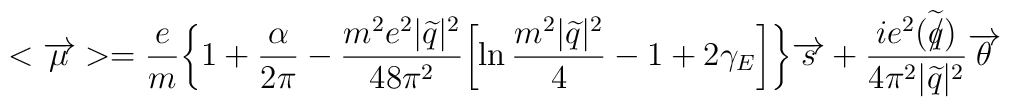
<\overrightarrow{\mu}>=\frac{e}{m}\biggl\{1+\frac{\alpha}{2\pi}-\frac{m^{2}e^{2}|\widetilde{q}|^{2} }{48\pi^{2}}\biggl[\ln\frac{m^{2}|\widetilde{q}|^{2}}{4}-1+2\gamma_{E}\biggr]\biggr\}\overrightarrow{s}+\frac{ie^{2}(\widetilde{q\hspace{-0.2cm}/})}{4\pi^{2}|\widetilde{q}|^{2}}\overrightarrow{\theta}